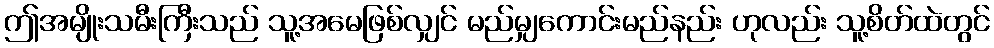
ဤအမျိုးသမီးကြီးသည် သူ့အမေဖြစ်လျှင် မည်မျှကောင်းမည်နည်း ဟုလည်း သူ့စိတ်ထဲတွင်